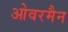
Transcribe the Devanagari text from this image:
ओवरमैन